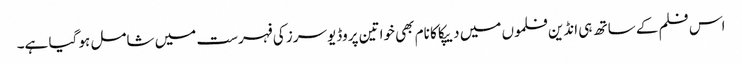
اس فلم کے ساتھ ہی انڈین فلموں میں دیپکا کا نام بھی خواتین پروڈیوسرز کی فہرست میں شامل ہو گیا ہے۔